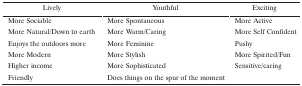
| Lively | Youthful | Exciting |
 | --- | --- | --- |
 | More Sociable | More Spontaneous | More Active |
 | More Natural/Down to earth | More Warm/Caring | More Self Confident |
 | Enjoys the outdoors more | More Feminine | Pushy |
 | More Modern | More Stylish | More Spirited/Fun |
 | Higher income | More Sophisticated | Sensitive/caring |
 | Friendly | Does things on the spur of the moment |  |